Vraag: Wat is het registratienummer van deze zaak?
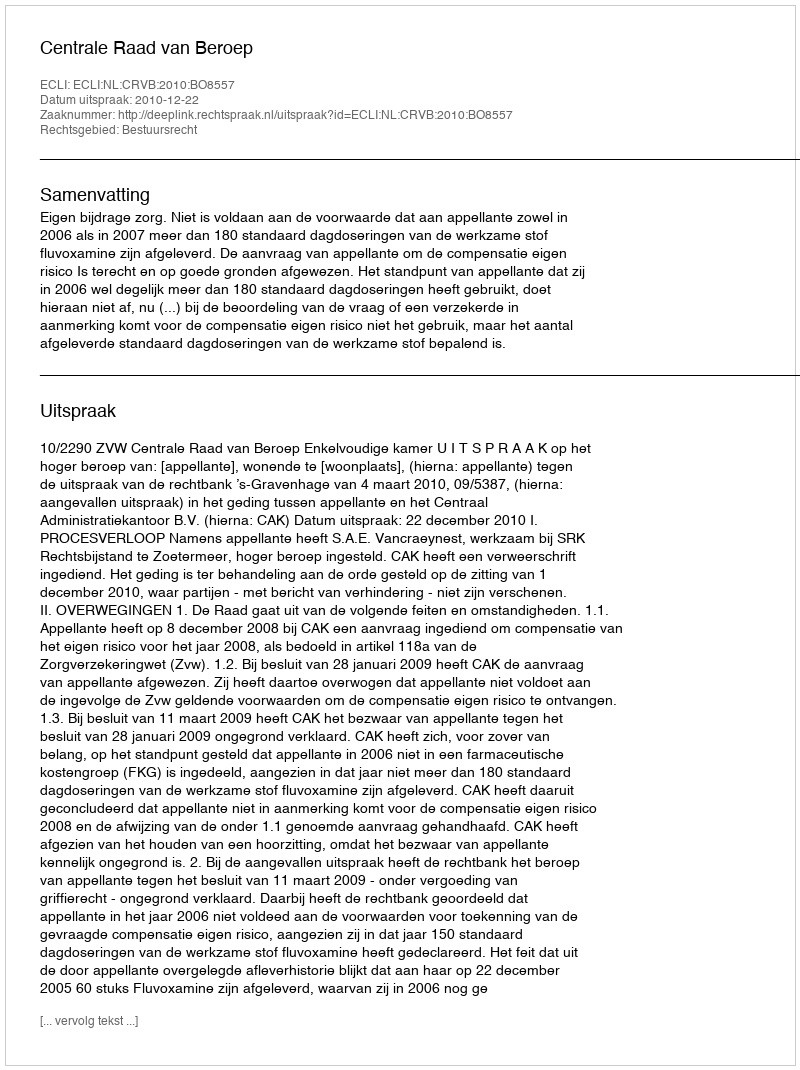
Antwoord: http://deeplink.rechtspraak.nl/uitspraak?id=ECLI:NL:CRVB:2010:BO8557